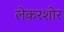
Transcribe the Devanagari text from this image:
लेकरशोर